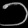
Digit: ၁